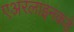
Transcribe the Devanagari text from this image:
एअरलाइनकडे